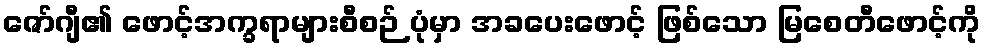
ဇော်ဂျီ၏ ဖောင့်အက္ခရာများစီစဉ် ပုံမှာ အခပေးဖောင့် ဖြစ်သော မြစေတီဖောင့်ကို